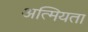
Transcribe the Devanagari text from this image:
अत्मियता